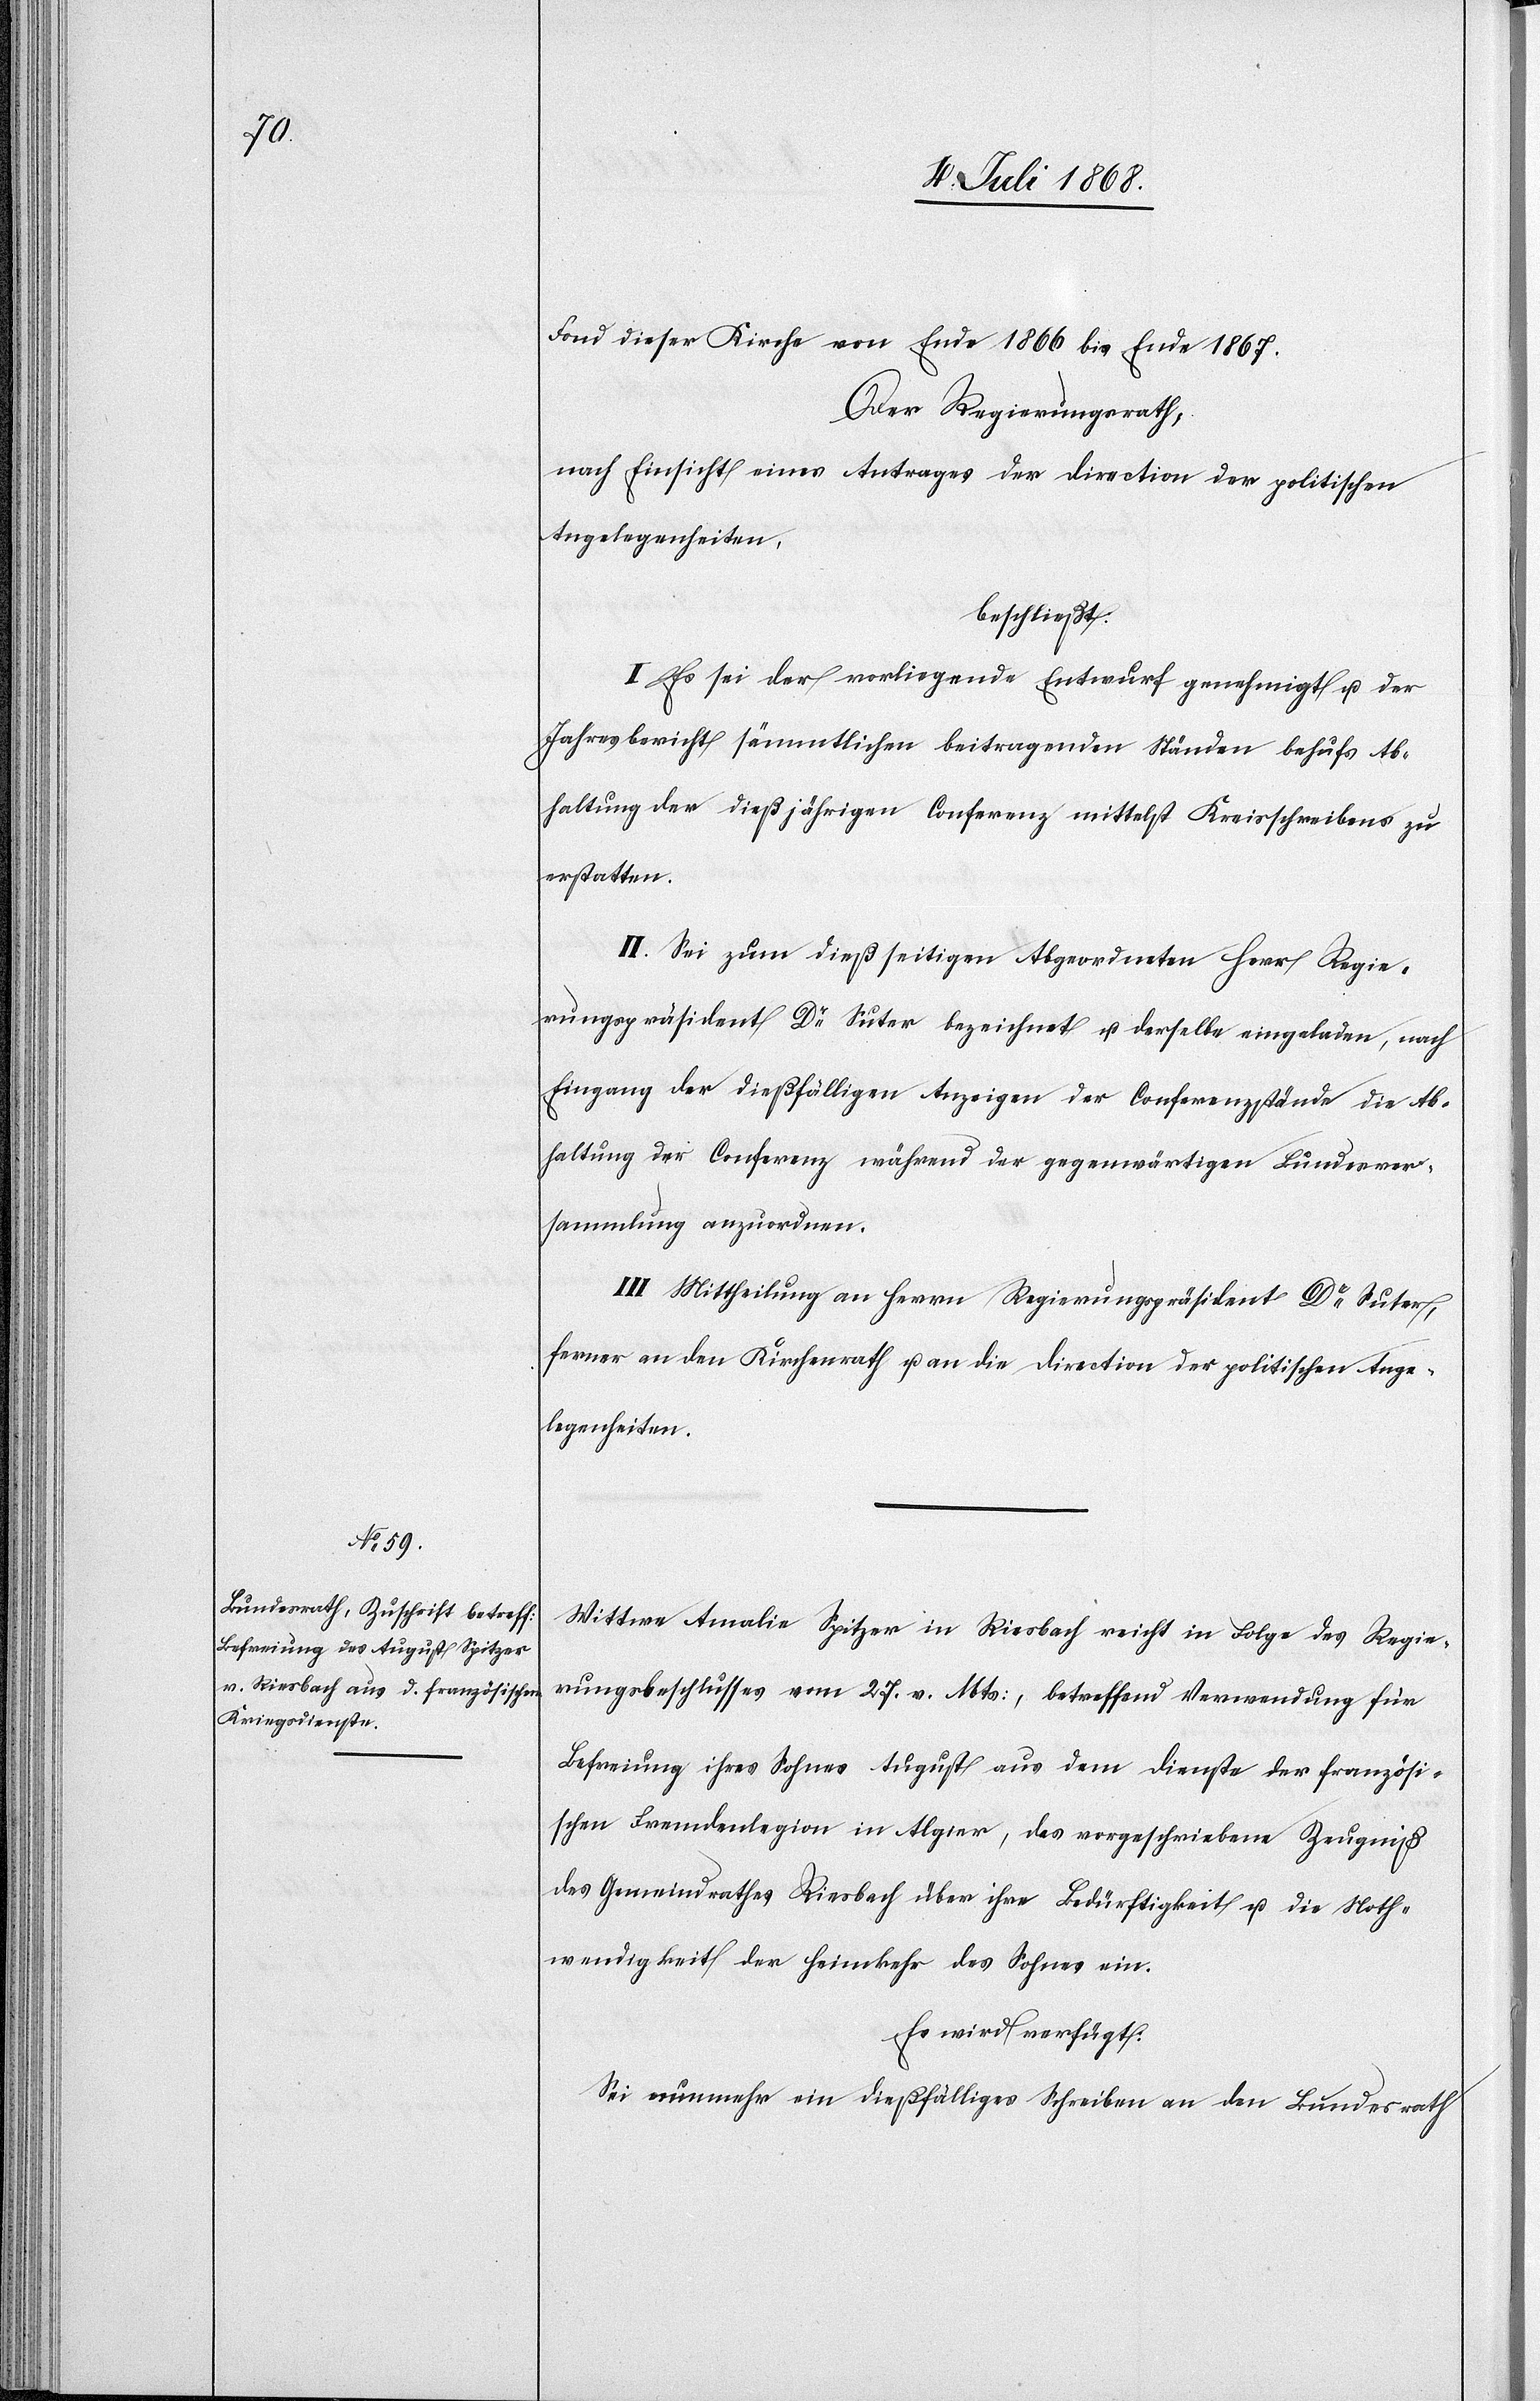
10. Juli 1868.]
Fond dieser Kirche von Ende 1866 bis Ende 1867.
Der Regierungsrath,
nach Einsicht eines Antrages der Direction der politischen
Angelegenheiten,
beschließt:
I. Es sei der vorliegende Entwurf genehmigt u. der
Jahresbericht sämmtlichen beitragenden Ständen behufs Ab¬
haltung der dießjährigen Conferenz mittelst Kreisschreibens zu
erstatten.
II. Sei zum dießseitigen Abgeordneten Herr Regie¬
rungspräsident Dr Suter bezeichnet u. derselbe eingeladen, nach
Eingang der dießfälligen Anzeigen der Conferenzstände die Ab¬
haltung der Conferenz während der gegenwärtigen Bundesver¬
sammlung anzuordnen.
III. Mittheilung an Herrn Regierungspräsident Dr Suter,
ferner an den Kirchenrath u. an die Direction der politischen Ange¬
legenheiten.
Wittwe Amalie Spitzer in Riesbach reicht in Folge des Regie¬
rungsbeschlusses vom 27. v. Mts:, betreffend Verwendung für
Befreiung ihres Sohnes August aus dem Dienste der französi¬
schen Fremdenlegion in Algier, das vorgeschriebene Zeugniß
des Gemeindrathes Riesbach über ihre Bedürftigkeit u. die Noth¬
wendigkeit der Heimkehr des Sohnes ein.
Es wird verfügt:
Sei nunmehr ein dießfälliges Schreiben an den Bundesrath